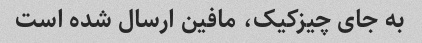
به جای چیزکیک، مافین ارسال شده است